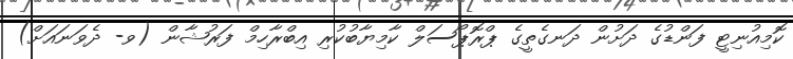
ކޮމިއުނިޓީ ފަންޑުގެ ދަށުން ދަނގެތީގެ ޕްރޮޕޯސަލް ކާމިޔާބުކުރި އިބްރާހިމް ފަރުޝާން (ވ- ދެވަނައަށް)